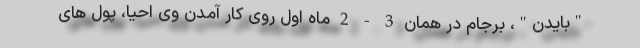
"بایدن"، برجام در همان 3 - 2 ماه اول روی کار آمدن وی احیا، پول های